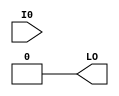
// $Header: /devl/xcs/repo/env/Databases/CAEInterfaces/verunilibs/data/unisims/LUT1_L.v,v 1.7 2007/05/23 21:43:39 patrickp Exp $
///////////////////////////////////////////////////////////////////////////////
// Copyright (c) 1995/2004 Xilinx, Inc.
// All Right Reserved.
///////////////////////////////////////////////////////////////////////////////
//   ____  ____
//  /   /\/   /
// /___/  \  /    Vendor : Xilinx
// \   \   \/     Version : 10.1
//  \   \         Description : Xilinx Functional Simulation Library Component
//  /   /                  1-input Look-Up-Table with Local Output
// /___/   /\     Filename : LUT1_L.v
// \   \  /  \    Timestamp : Thu Mar 25 16:42:53 PST 2004
//  \___\/\___\
//
// Revision:
//    03/23/04 - Initial version.
//    02/04/05 - Rev 0.0.1 Replace premitive with function; Remove buf.
//    05/23/07 - Changed timescale to 1 ps / 1 ps.

`timescale  1 ps / 1 ps


module LUT1_L (LO, I0);

    parameter INIT = 2'h0;

    input I0;

    output LO;
  
    wire LO;

    assign LO = (INIT[0] == INIT[1]) ? INIT[0] : INIT[I0];

endmodule